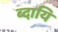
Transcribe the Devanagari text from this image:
ब्दायि